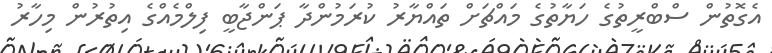
އެގޮތުން ސްބްރީތުގެ ހަޔާތުގެ މައްޗަށް ތައްޔާރު ކުރަމުންދާ ޕަންޖާބީ ފިލްމެއްގެ އިތުރުން މިހާރު